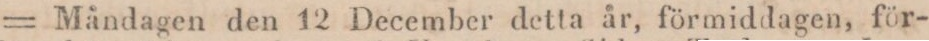
= Måndagen den 12 December detta år, förmiddagen, för-